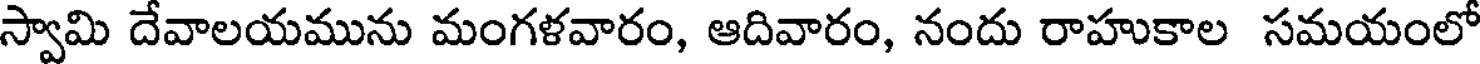
స్వామి దేవాలయమును మంగళవారం, ఆదివారం, నందు రాహుకాల సమయంలో